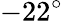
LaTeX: -22^{\circ}